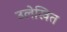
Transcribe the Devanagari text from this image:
उलेखित